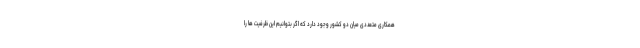
همکاری متعددی میان دو کشور وجود دارد که اگر بتوانیم این ظرفیت ها را